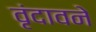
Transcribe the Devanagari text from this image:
वृंदावने